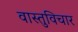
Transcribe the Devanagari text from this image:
वास्तुविचार